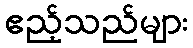
ဧည့်သည်များ